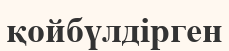
қойбүлдірген